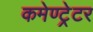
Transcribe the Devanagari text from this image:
कमेण्ट्रेटर